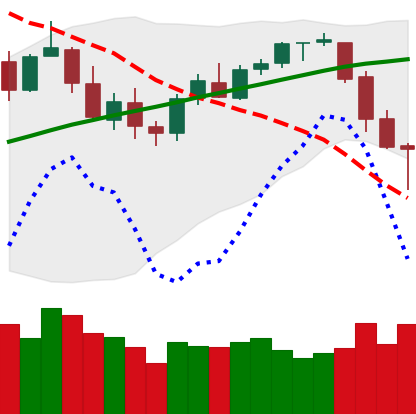
Ticker: BTC-USD
Chart end date: 2018-03-09
Forward return: -11.435%
Label: down_7plus